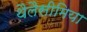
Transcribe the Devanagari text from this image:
थैलैसीमिया